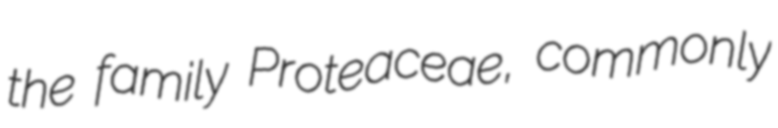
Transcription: the family Proteaceae, commonly